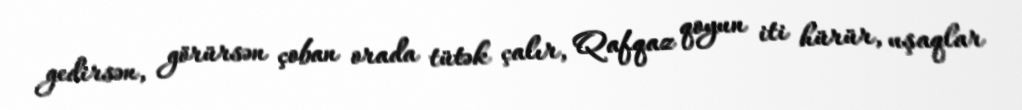
gedirsən, görürsən çoban orada tütək çalır, Qafqaz qoyun iti hürür, uşaqlar